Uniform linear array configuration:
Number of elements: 16
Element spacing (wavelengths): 0.5
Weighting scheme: binomial
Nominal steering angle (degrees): -15
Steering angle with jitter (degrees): -14.2
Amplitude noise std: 0.05
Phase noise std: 0.05

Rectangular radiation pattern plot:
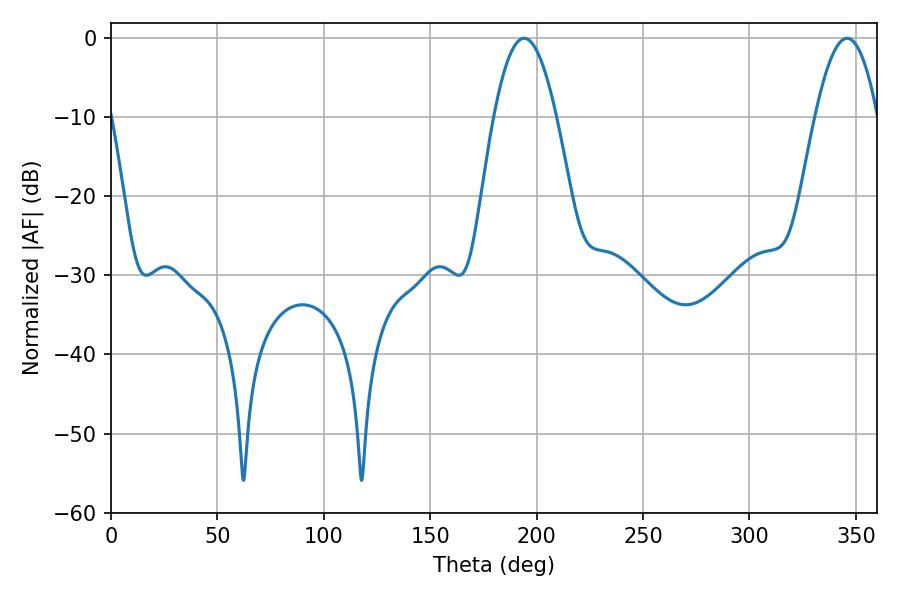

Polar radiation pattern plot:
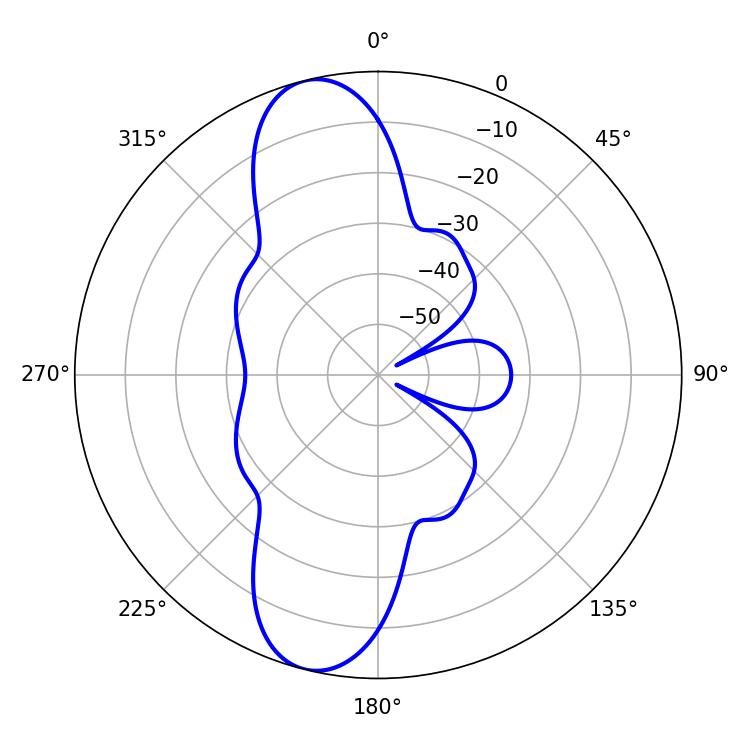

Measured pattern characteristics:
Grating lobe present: FALSE
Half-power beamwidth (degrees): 16.02
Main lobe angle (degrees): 194.04